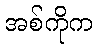
အစ်ကိုက